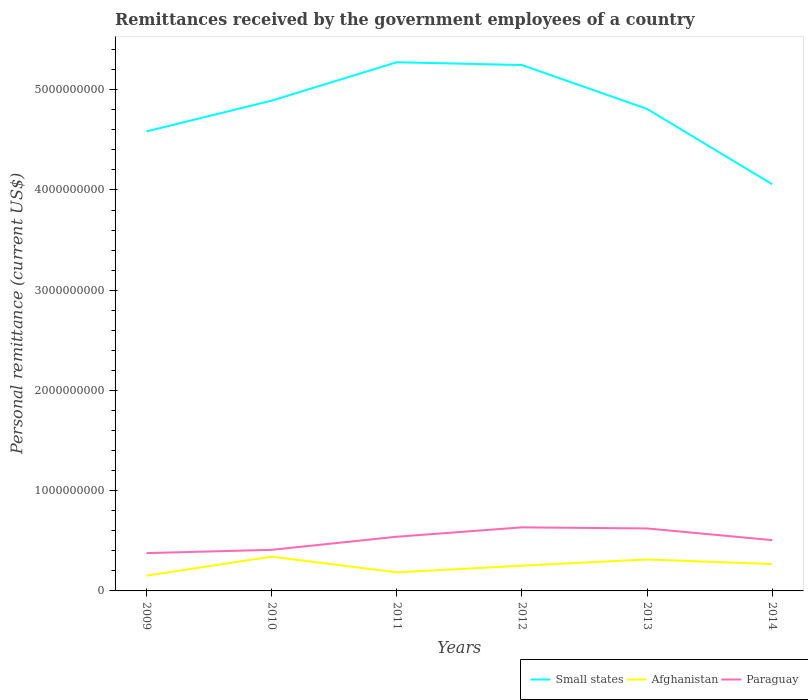
| Years | Small states | Afghanistan | Paraguay |
 | --- | --- | --- | --- |
 | 2009 | 4.58e+09 | 1.52e+08 | 3.77e+08 |
 | 2010 | 4.89e+09 | 3.42e+08 | 4.1e+08 |
 | 2011 | 5.27e+09 | 1.85e+08 | 5.41e+08 |
 | 2012 | 5.25e+09 | 2.52e+08 | 6.34e+08 |
 | 2013 | 4.81e+09 | 3.14e+08 | 6.23e+08 |
 | 2014 | 4.06e+09 | 2.68e+08 | 5.07e+08 |